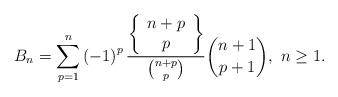
LaTeX: \begin{align*}B_{n}=\sum_{p=1}^{n}\left(-1\right)^{p}\frac{\left\{ \begin{array}{c}n+p\\p\end{array}\right\} }{\binom{n+p}{p}}\binom{n+1}{p+1},\,\,n \ge 1.\end{align*}